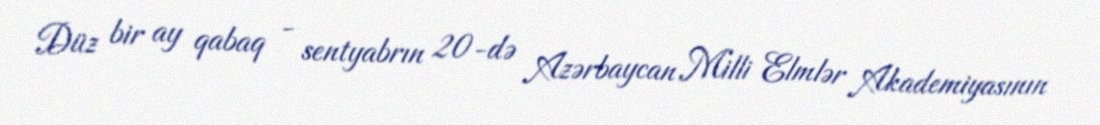
Düz bir ay qabaq - sentyabrın 20-də Azərbaycan Milli Elmlər Akademiyasının